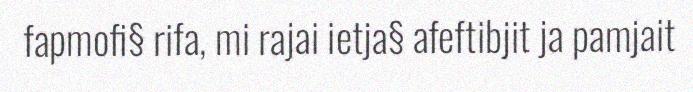
fapmofi§ rifa, mi rajai ietja§ afeftibjit ja pamjait